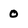
Character: 0